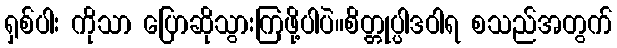
ရှစ်ပါး ကိုသာ ပြောဆိုသွားကြဖို့ပါပဲ။စိတ္တုပ္ပါဒဝါရ စသည်အတွက်